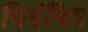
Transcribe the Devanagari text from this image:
विडंबित